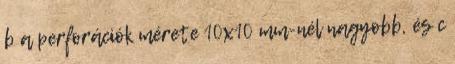
b a perforációk mérete 10x10 mm-nél nagyobb, és c